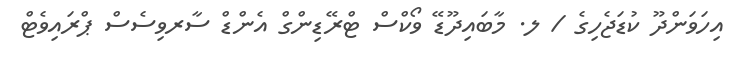
އިހަވަންދޫ ކުޑަޖެހިގެ / ލ. މާބައިދޫޑޭ ވޯކްސް ޓްރޭޑިންގް އެންޑް ސާރވިސެސް ޕްރައިވެޓް